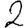
Digit: 2